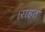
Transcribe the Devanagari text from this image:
।राहत